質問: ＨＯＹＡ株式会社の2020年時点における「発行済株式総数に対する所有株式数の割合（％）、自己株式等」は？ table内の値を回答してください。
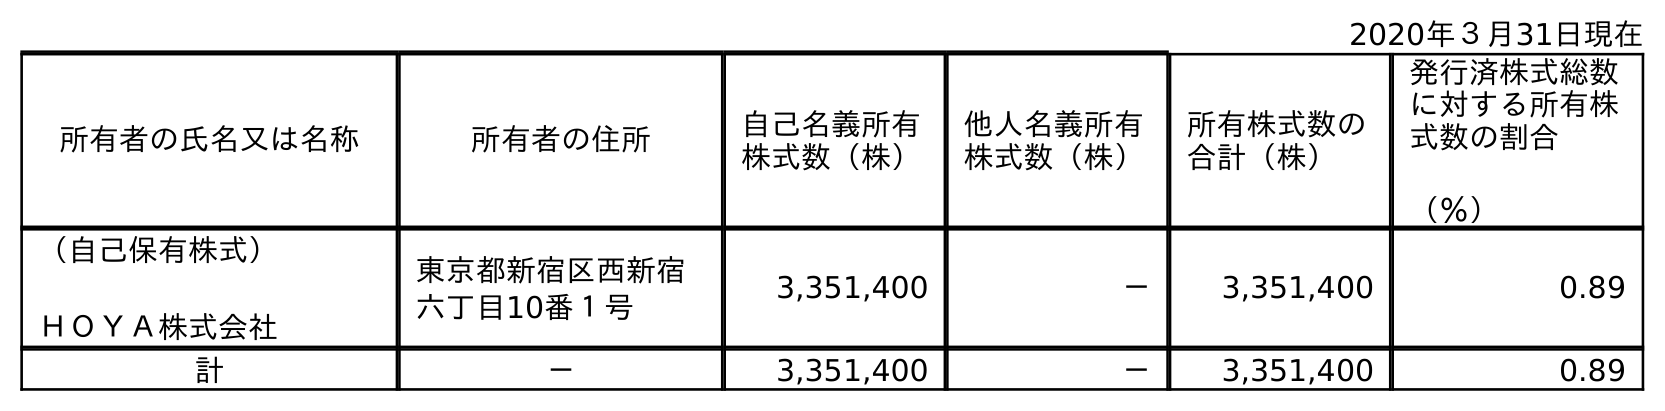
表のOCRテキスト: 2020年３月31日現在 所有者の氏名又は名称 所有者の住所 自己名義所有 株式数（株） 他人名義所有 株式数（株） 所有株式数の 合計（株） 発行済株式総数 に対する所有株 式数の割合 （％） （自己保有株式） ＨＯＹＡ株式会社 東京都新宿区西新宿 六丁目10番１号 3,351,400 － 3,351,400 0.89 計 － 3,351,400 － 3,351,400 0.89
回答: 0.89